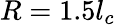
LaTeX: R=1.5l_{c}